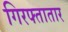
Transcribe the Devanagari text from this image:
गिरफ्तातार